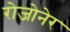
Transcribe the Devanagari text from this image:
रोजोनेर